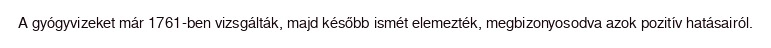
A gyógyvizeket már 1761-ben vizsgálták, majd később ismét elemezték, megbizonyosodva azok pozitív hatásairól.